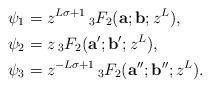
LaTeX: \begin{align*}\psi_1 &= z^{L \sigma+1} \,{}_3 F_2({\bold a}; {\bold b}; z^L), \\\psi_2 &= z \,{}_3 F_2({\bold a}'; {\bold b}';z^L), \\\psi_3 &= z^{-L \sigma+1} \,{}_3 F_2({\bold a}''; {\bold b}'';z^L). \\ \end{align*}